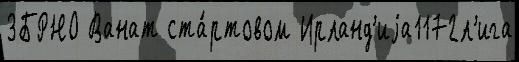
ЗБРНО Ванат ста́ртовом Ирланд'иjа1172л'ига